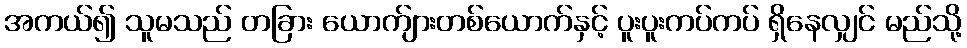
အကယ်၍ သူမသည် တခြား ယောက်ျားတစ်ယောက်နှင့် ပူးပူးကပ်ကပ် ရှိနေလျှင် မည်သို့